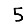
Digit: 5